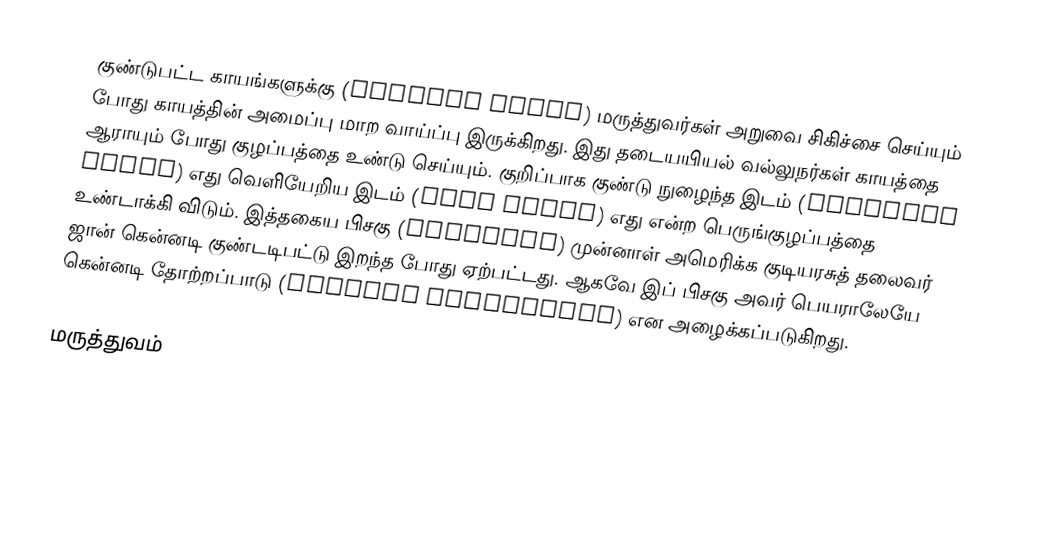
குண்டுபட்ட காயங்களுக்கு (gunshot wound) மருத்துவர்கள் அறுவை சிகிச்சை செய்யும் போது காயத்தின் அமைப்பு மாற வாய்ப்பு இருக்கிறது. இது தடையயியல் வல்லுநர்கள் காயத்தை ஆராயும் போது குழப்பத்தை உண்டு செய்யும். குறிப்பாக குண்டு நுழைந்த இடம் (entrance wound) எது வெளியேறிய இடம் (exit wound) எது என்ற பெருங்குழப்பத்தை உண்டாக்கி விடும். இத்தகைய பிசகு (artefact) முன்னாள் அமெரிக்க குடியரசுத் தலைவர் ஜான் கென்னடி குண்டடிபட்டு இறந்த போது ஏற்பட்டது. ஆகவே இப் பிசகு அவர் பெயராலேயே கென்னடி தோற்றப்பாடு (Kennedy phenomenon) என அழைக்கப்படுகிறது.

மருத்துவம்